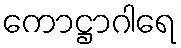
ကောဋ္ဌာဂါရေ